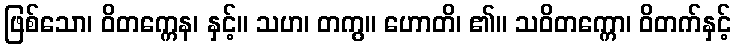
ဖြစ်သော၊ ဝိတက္ကေန၊ နှင့်။ သဟ၊ တကွ။ ဟောတိ၊ ၏။ သဝိတက္ကော၊ ဝိတက်နှင့်